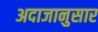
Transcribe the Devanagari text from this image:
अदाजानुसार